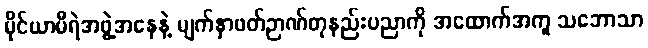
မိုင်ယာမီရဲအဖွဲ့အနေနဲ့ မျက်နှာဖတ်ဉာဏ်တုနည်းပညာကို အထောက်အကူ သဘောသာ